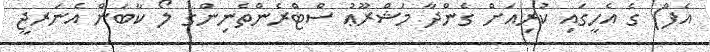
އެފް) ގެ އެހީގައި ކުރިއަށް ގެންދާ މަޝްރޫޢު ސްޓްރެންތެނިންގ ލޯ ކާބަން އެނަރޖީ